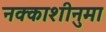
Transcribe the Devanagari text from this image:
नक्काशीनुमा